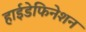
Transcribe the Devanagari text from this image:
हाईडेफिनेशन